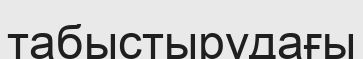
табыстырудағы